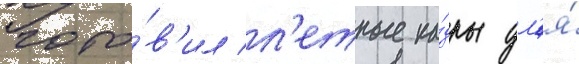
гото́в'ил л'етные ка́дры дл'я́